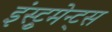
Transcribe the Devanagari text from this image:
इंस्ट्रुमेन्ट्स